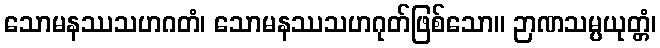
သောမနဿသဟဂတံ၊ သောမနဿသဟဂုတ်ဖြစ်သော။ ဉာဏသမ္ပယုတ္တံ၊